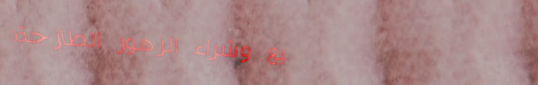
بيع وشراء الزهور الطازجة: